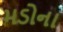
મડોના